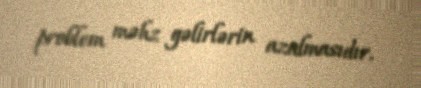
problem məhz gəlirlərin azalmasıdır.